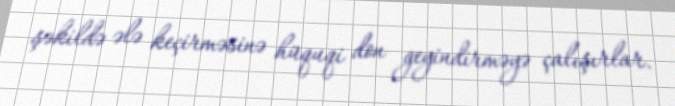
şəkildə ələ keçirməsinə hüquqi don geyindirməyə çalışırlar.